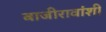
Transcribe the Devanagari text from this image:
बाजीरावांशी